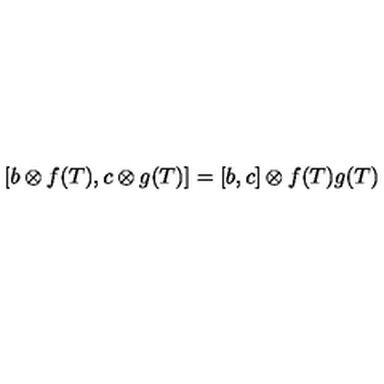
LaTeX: [ b \otimes f ( T ) , c \otimes g ( T ) ] = [ b , c ] \otimes f ( T ) g ( T )